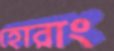
হোরাং